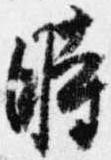
時